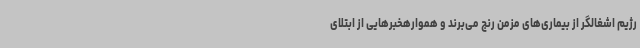
رژیم اشغالگر از بیماری‌های مزمن رنج می‌برند و هموارهخبرهایی از ابتلای